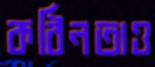
কঠিনতাও